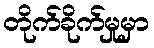
တိုက်ခိုက်မှုမှာ